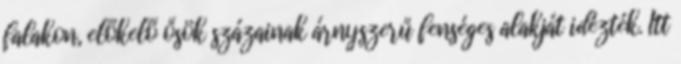
falakon, előkelő ősök százainak árnyszerű fenséges alakját idézték. Itt